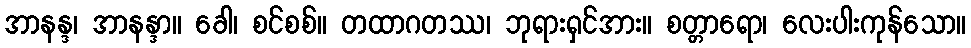
အာနန္ဒ၊ အာနန္ဒာ။ ခေါ၊ စင်စစ်။ တထာဂတဿ၊ ဘုရားရှင်အား။ စတ္တာရော၊ လေးပါးကုန်သော။